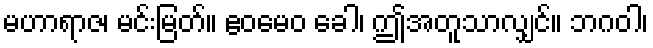
မဟာရာဇ၊ မင်းမြတ်။ ဧဝမေဝ ခေါ၊ ဤအတူသာလျှင်။ ဘဂဝါ၊